Annual report on the lock hospitals of the Madras Presidency
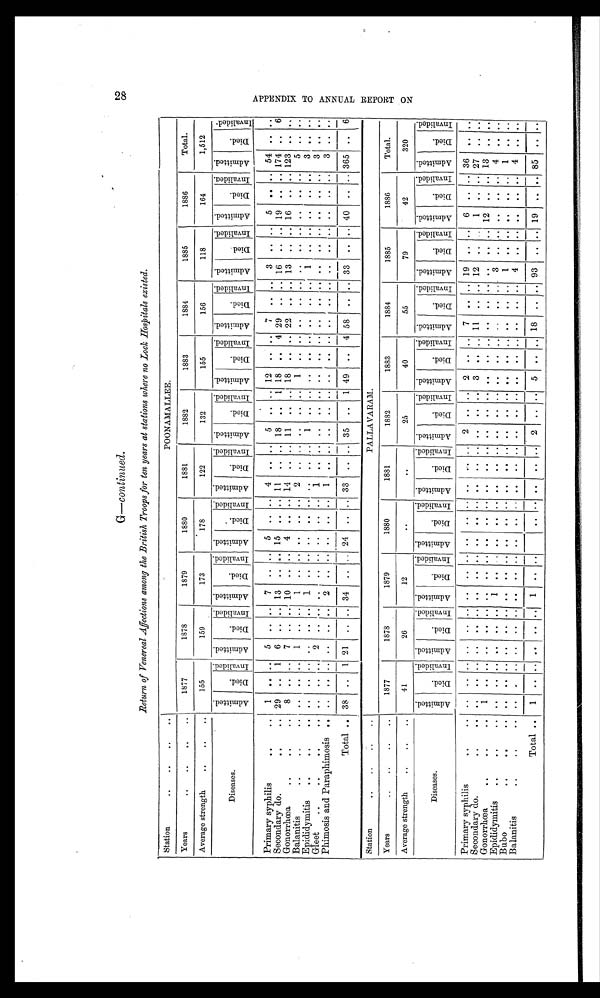
G — continued.
Return of Venereal Affections among the British Troops for ten years at stations where no Lock Hospitals existed.
Station
. . . . . . . .
POONAMALLEE.
Years
..
..
..
. .
1877
1878
1879
1880
1881
1882
1883
1884
1885
1886
Total.
Average strength
. - . . ..
155
159
173
178
122
132
155
156
118
164
1,512
Diseases.
A d m i t t e d .
D i e d . I n v a l i d e d .
A d m i t t e d .
D i e d . I n v a l i d e d .
A d m i t t e d .
D i e d .
I n v a l i d e d . A d m i t t e d .
D i e d .
I n v a l i d e d . A d m i t t e d .
D i e d .
I n v a l i d e d . Admi t t e d.
Di e d .
I n v a l i d e d . A d m i t t e d .
D i e d .
I n v a l i d e d . A d m i t t e d .
Di e d .
I n v a l i d e d . A m i t t e d .
D i e d .
I n v a l i d e d .
A d m i t t e d .
Di e d .
I n v a l i d e d . A d m i t t e d .
D i e d .
I n v a l i d e d .
Primary syphilis
. . . .
1 .. .. 5
. .
. . 7 .. .. 5
.. . . 4
. . .. 5
. . .. 12
. .
..
7
. . .. 3
. . .. 5
. . . . 54 . . . .
Secondary do.
. . . .
29 .. 1 6 .. .. 13 .. .. 15 .. .. 11 .. .. 18
. . 1 18
. . 4 29 .. .. 16 .. .. 19 .. .. 174 .. 6
Gonorrhœa
. . .. ..
8 .. .. 7 .. .. 10 .. .. 4 .. .. 14
. . .. 11 .. .. 18 .. .. 22 .. .. 13 .. .. 16
. . .. 123 . . ..
Balanitis
..
..
. . . . . .
. . 1 .. ..
1
. . ..
. . ..
. . 2
. . ..
. . .. 1
. . .. ..
. . .. ..
. . .. ..
. . . . 5 . . . .
Epididymitis ..
. .
. .
. . . .
. . . . 1
. . ..
. . ..
. . ..
. . .. 1
. . .. ..
. . .. ..
. . .. 1
. . .. ..
. . . . 3 . . . .
Gleet
..
..
. .
. .
. . . . 2
. . . .
. . ..
. . ..
. . 1
. . .. 40 . . .. . .
. . .. ..
. . .. ..
. . .. ..
. . . . 3 . . . .
Phimosis and Paraphimosis .. .. .. .. .. .. .. 2 .. .. .. ..
. . 1
. . ..
. .
.. ..
. . .. ..
. . ..
. . . . .. ..
. . . .
3 .. ..
Total .. 38 .. 1 21 .. .. 34 .. .. 24 .. .. 33 .. .. 35 .. 1 49 .. 4 58 .. .. 33 .. .. 40 .. .. 365 .. 6
Station
. - .. . . . .
Years
..
..
..
..
1877
1878
1879
1880
1881
1882
1883
1884
1885
1886
Total.
Average strength
..
..
. .
41
26
12
..
..
25
40
55
79
42
320
Diseases.
A d m i t t e d .
Died.
I n v a l i d e d . A d m i t t e d .
D i e d .
I n v a l i d e d . A d m i t t e d .
Di e d .
I n v a l i d e d . A d m i t t e d .
D i e d .
I n v a l i d e d . A d m i t t e d .
D i e d .
I n v a l i d e d . Ad mi t t e d .
Di e d .
I n v a l i d e d .
A d m i t t e d .
D i e d .
I n v a l i d e d . A d m i t t e d .
D i e d .
I n v a l i d e d . A d m i t t e d .
D i e d .
I n v a l i d e d . A d m i t t e d .
Di e d .
I n v a l i d e d . A d m i t t e d .
D i e d .
I n v a l i d e d .
Primary syphilis
. .
.. .. .. .. .. .. .. .. .. ..
.. .. .. .. .. 2
.. .. 2 .. .. 7 .. .. 19 .. .. 6 .. .. 36 .. ..
Secondary do.
..
. . . .
. . .. . . .. .. .. .. .. ..
.. .. .. .. .. .. .. ..
3 .. ..
1 1
.. ..
1 2
.. ..
1 .. ..
2 7 .. ..
Gonorrhœa
..
. . . .
1
. . .. . . . . .. . . . . .. . .
. . .. . . . . .. ..
. . .. . . . . .. .. . . .. . .
. . .. 12 .. .. 13 .. ..
Epididymitis ..
..
. . . . .. . . .. .. 1 .. .. ..
.. .. .. .. .. .. .. .. .. .. .. .. . . .. 3 .. .. .. .. .. 4 .. ..
Bubo
..
. .
.. .. .. ..
. . .. .. .. .. ..
. . .. .. . . .. .. .. .. . . . . .. . . . . .. 1
. . .. . . . . .. 1 . . ..
Balanitis
..
..
.. .. .. .. .. .. .. .. .. .. .. .. .. .. .. .. .. .. .. .. .. .. .. ..
4 .. .. .. ..
...
4 .. ..
Total .. 1 .. .. ..
.. .. 1 . . .. .. .. .. .. ..
.. 2
.. ..
5 . .
..
18 .. .. 93 .. .. 19 .. .. 85 .. ..
2 8
A P P E N D I X T O A N N U A L R E P O R T O N